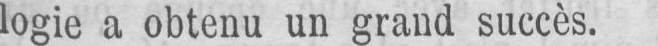
logie a obtenu un grand succès.